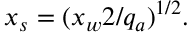
x _ { s } = ( x _ { w } 2 / q _ { a } ) ^ { 1 / 2 } .